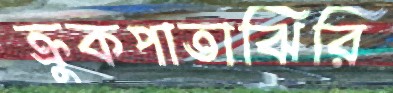
ক্রুকপাতাঝিরি